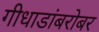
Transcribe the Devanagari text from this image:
गीधाडांबरोबर